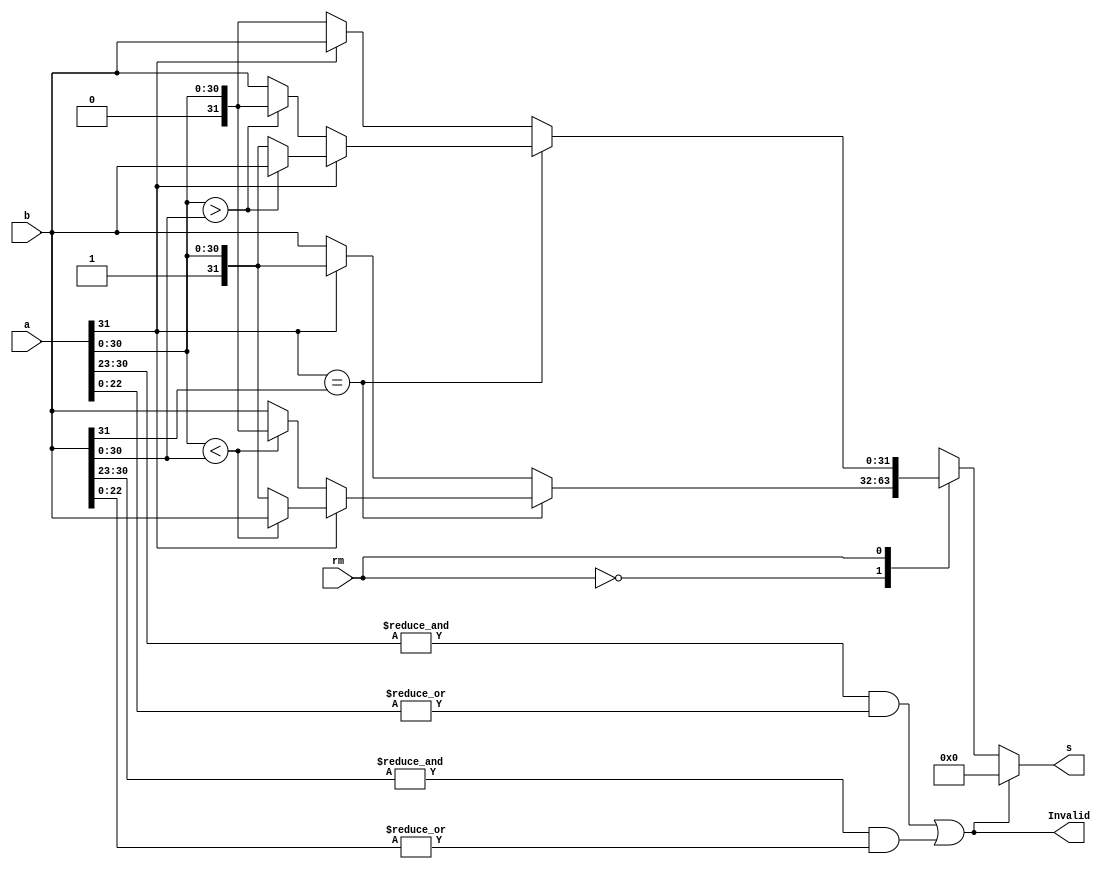

module min_max (s,a,b,rm,Invalid); 
input [31:0] a,b; // fp a and b
input  rm; // round mode
output reg [31:0] s; // fp output
output  Invalid;

//determine if any of operands exponents and mantissa are are all ones or zeros 
wire a_expo_is_ff = &a[30:23];            // =1 when a exp =ff 
wire b_expo_is_ff = &b[30:23];            // =1 when b exp =ff 
wire a_frac_is_00 = ~|a[22:0];            // =1 when a mantisaa = 00 
wire b_frac_is_00 = ~|b[22:0];            // =1 when b mantisaa = 00
//determine if any of operands are infinity or nan
wire a_is_nan=a_expo_is_ff & ~a_frac_is_00;  // e=ff f!=0 > largest is nan
wire b_is_nan=b_expo_is_ff & ~b_frac_is_00;  // e=ff f!=0 > smallest is nan

wire inv = a_is_nan | b_is_nan;
assign Invalid = inv;
always @(*) begin
   if(inv == 1'b0) 
   begin
        casex (rm)
            1'b0: begin              //min
                    if (a[31] == b[31])     //same sign 
                        begin 
                            if(a[31]==0)
                            s= (a[30:0] < b[30:0]) ? a : b;
                            else
                            s= (a[30:0] < b[30:0]) ? b : a;
                        end
                    else 
                        begin
                        s = (a[31]==1) ?  a : b;             
                        end
                    end
            1'b1: begin              //max
            if (a[31] == b[31])     //same sign 
                        begin 
                            if(a[31]==0)
                            s= (a[30:0] > b[30:0]) ? a : b;
                            else
                            s= (a[30:0] > b[30:0]) ? b : a;
                        end
                    else 
                        begin
                        s = (a[31]==1) ?  b : a;             
                        end
            end
            default: 
            begin
                s=32'h0;
            end
        endcase
   end
   else 
   begin
                s=32'h0;

   end

end

endmodule